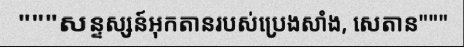
"""សន្ទស្សន៍អុកតានរបស់ប្រេងសាំង, សេតាន"""